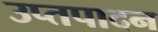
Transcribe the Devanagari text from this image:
उप्तपादन